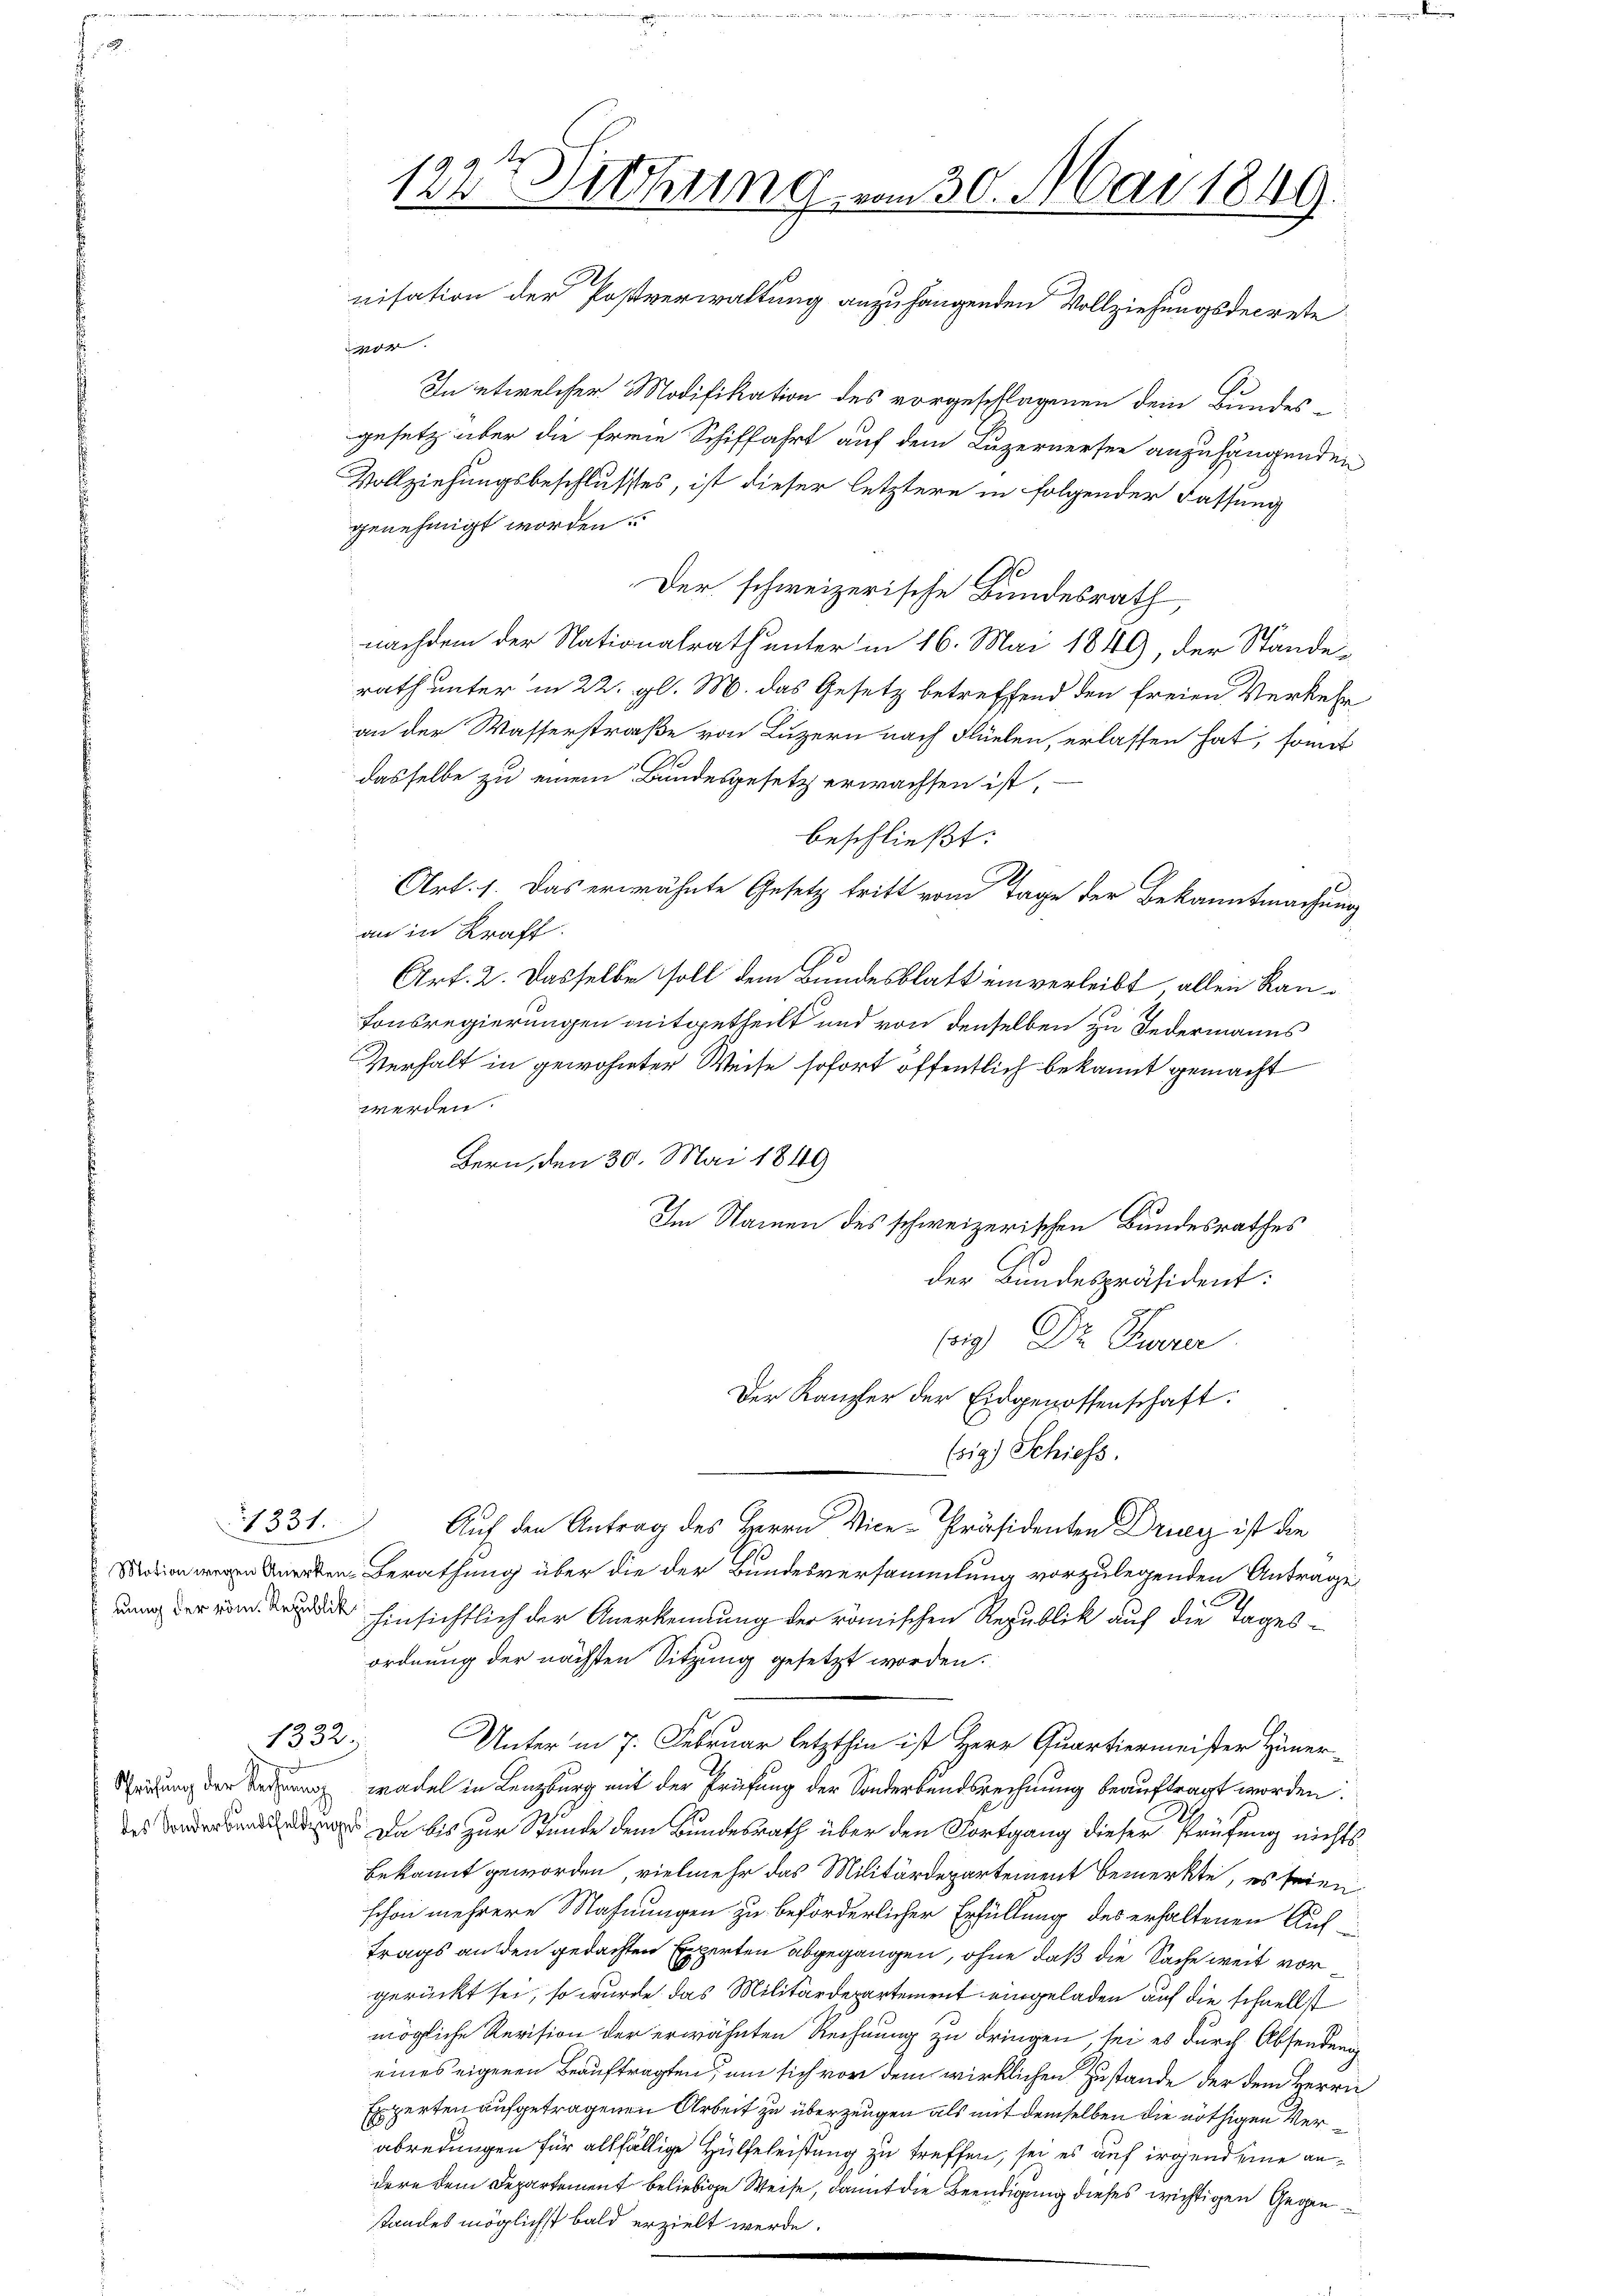
1331.

1332.

122t Mitthung vom 30. Mai 1849.
nisation der Postverwaltung anzuhangenden Vollziehungsdecrete

or- |
In etwelcher Modifikation des vorgeschlagenen dem Bundes-
gesetz aber die freie Schiffahrt auf dem Luzernersee anzuhängenden
Vollziehungsbeschlusses, ist dieser letztere in folgender Fassung
genehmigt worden.
Der schweizerische Bundesrath
nachdem der Nationalrath unter in 16. Mai 1849, der Stande-
rath unter in 22. gl. M. das Gesetz betreffend den freien Verkehr
an der Wasserstraße von Luzern nach Flüelen, erlassen hat, somit
dasselbe zu einem Bundesgesetz erwachsen ist,
beschließt:
Art. 1. Das erwähnte Gesetz tritt vom Tage der Bekanntmachung
an in Kraft.
Art. 2. Dasselbe soll dem Bundesblatt einverleibt allein Kantonsregierungen mitgetheilt und von denselben zu Federmanns
Verhalt in gewohnter Weise sofort öffentlich bekannt gemacht
werden.
Bern, den 30. Mai 1849
Im Namen des schweizerischen Bundesrathes
der Bundespräsident:
6) Dr. Paren
Der Kanzler der Eidgenossenschaft:
(sig. Schiess.
Auf den Antrag des Herrn Vice-Präsidenten Dring ist die
nnerten Berathung über die der Bundesversammlung vorzulegenden Antrage
x
uung der hinsichtlich der Anerkennung der römischen Republik auf die Tages-
ordnung der nächsten Sitzung gesetzt worden.
Unter in 7. Februar letzthin ist Herr Quartiermeister Hüner-
Scheidung der Tagung wadel in Lenzburg mit der Prüfung der Sonderbandsrechnung beauftragt worden.
 Da bis zur Stunde dem Bundesrath über den Fortgang dieser Prüfung nichts
bekannt geworden, vielmehr das Militärdepartement bemerkte, es seien
schon mehrere Mahnungen zu beförderlicher Erfüllung des erhaltenen Auftrags an den gedachten Experten abgegangen, ohne daß die Sache weit vor
gerückt sei, so wurde das Militärdepartement eingeladen auf die schnellst
mögliche Revision der erwähnten Rechnung zu dringen sei es durch Absenden
eines eigenen Beauftragten, um sich vor dem wirklichen Zustande der dem Herrn
Experten aufgetragenen Arbeit zu überzeugen als mit demselben die nöthigen Verabredungen für allfällige Hülfeleistung zu treffen, sei es auf irgend eine andere dem Departement beliebige Weise, damit die Beendigung dieses wichtigen Gegenstandes möglichst bald erzielt werde.